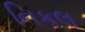
નિકલ